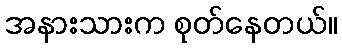
အနားသားက စုတ်နေတယ်။